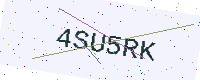
Text: 4SU5RK